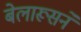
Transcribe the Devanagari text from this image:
बेलारूसने